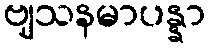
ဗျသနမာပန္နာ